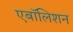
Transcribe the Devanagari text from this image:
एबॉलिशन